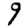
Digit: 9